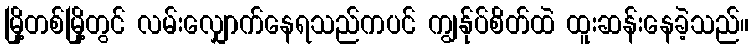
မြို့တစ်မြို့တွင် လမ်းလျှောက်နေရသည်ကပင် ကျွန်ုပ်စိတ်ထဲ ထူးဆန်းနေခဲ့သည်။